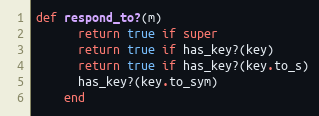
Language: Ruby
def respond_to?(m)
      return true if super
      return true if has_key?(key)
      return true if has_key?(key.to_s)
      has_key?(key.to_sym)
    end